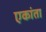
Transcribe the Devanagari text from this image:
एकांता